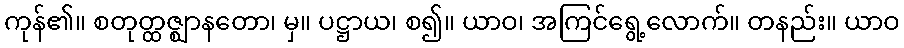
ကုန်၏။ စတုတ္ထဇ္ဈာနတော၊ မှ။ ပဋ္ဌာယ၊ စ၍။ ယာဝ၊ အကြင်ရွေ့လောက်။ တနည်း။ ယာဝ